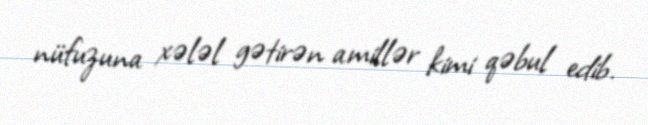
nüfuzuna xələl gətirən amillər kimi qəbul edib.